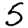
Digit: 5